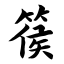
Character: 篌